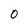
Character: 0